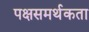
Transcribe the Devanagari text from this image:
पक्षसमर्थकता